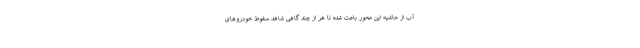
آب از حاشیه این محور باعث شده تا هر از چند گاهی شاهد سقوط خودروهای